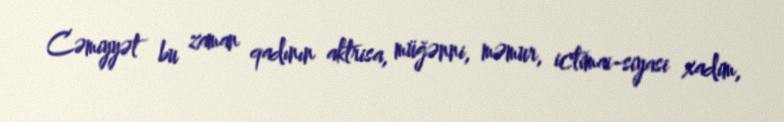
Cəmiyyət bu zaman qadının aktrisa, müğənni, məmur, ictimai-siyasi xadim,